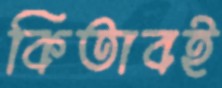
কিতাবই